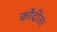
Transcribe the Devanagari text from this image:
कौदीत।